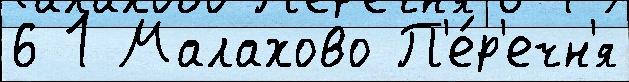
6 1 Малахово П'е́р'ечн'я